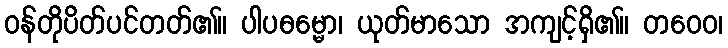
ဝန်တိုပိတ်ပင်တတ်၏။ ပါပဓမ္မော၊ ယုတ်မာသော အကျင့်ရှိ၏။ တဝေဝ၊